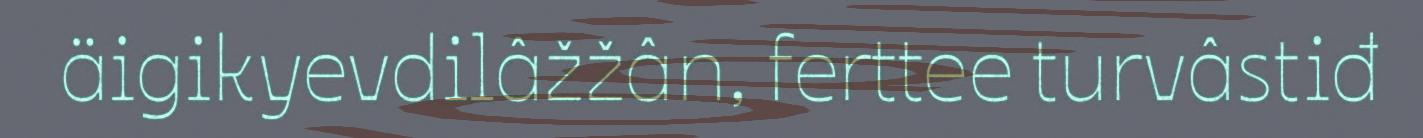
äigikyevdilâžžân, ferttee turvâstiđ